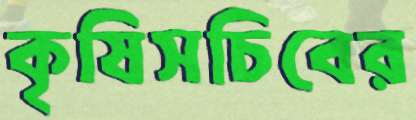
কৃষিসচিবের